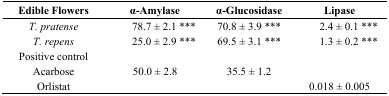
<table><thead><tr><td><b>Edible Flowers</b></td><td><b>α-Amylase</b></td><td><b>α-Glucosidase</b></td><td><b>Lipase</b></td></tr></thead><tbody><tr><td><i>T. pratense</i></td><td>78.7 ± 2.1 ***</td><td>70.8 ± 3.9 ***</td><td>2.4 ± 0.1 ***</td></tr><tr><td><i>T. repens</i></td><td>25.0 ± 2.9 ***</td><td>69.5 ± 3.1 ***</td><td>1.3 ± 0.2 ***</td></tr><tr><td>Positive control</td><td></td><td></td><td></td></tr><tr><td>Acarbose</td><td>50.0 ± 2.8</td><td>35.5 ± 1.2</td><td></td></tr><tr><td>Orlistat</td><td></td><td></td><td>0.018 ± 0.005</td></tr></tbody></table>